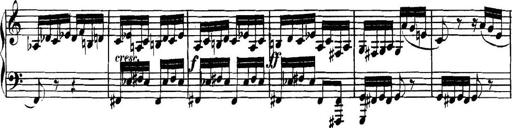
Title: Collected Piano Sonatas
Composer: Muzio Clementi